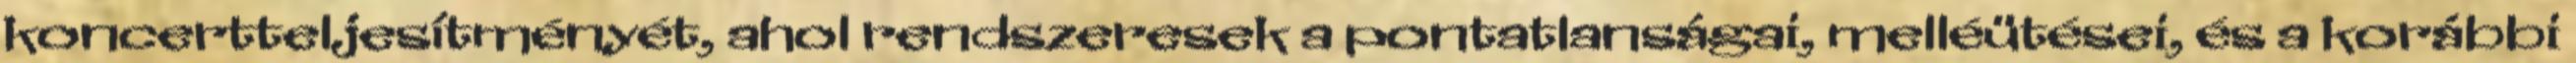
koncertteljesítményét, ahol rendszeresek a pontatlanságai, melléütései, és a korábbi